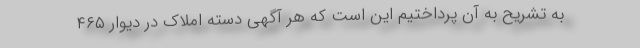
به تشریح به آن پرداختیم این است که هر آگهی دسته املاک در دیوار ۴۶۵